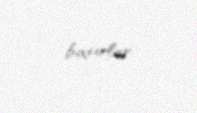
baxırlar.